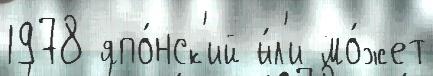
1978 япо́нск'ий и́л'и мо́жет